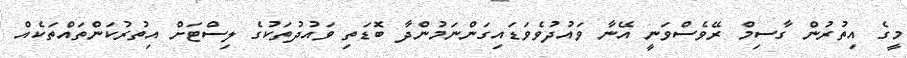
މީގެ އިތުރުން ގާސިމް ރޭވެސްވަނީ އޭނާ ވައުދުވެވަޑައިގަންނަމުންދާ ބޮޑަތި ވައުދުތަކުގެ ލިސްޓަށް އިތުރުކަންތައްތަކެއް